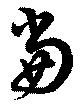
当